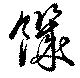
饑